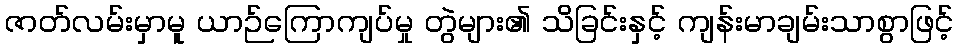
ဇာတ်လမ်းမှာမူ ယာဉ်ကြောကျပ်မှု တွဲများ၏ သိခြင်းနှင့် ကျန်းမာချမ်းသာစွာဖြင့်